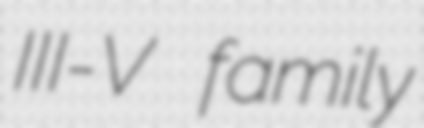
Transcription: III-V family